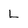
Character: L